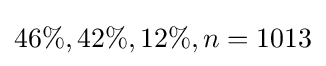
46\%,42\%,12\%,n=1013